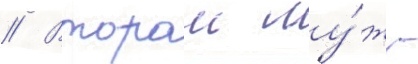
// Второи му́ж -